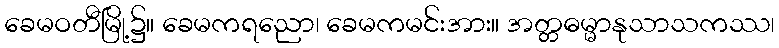
ခေမဝတီမြို့၌။ ခေမကရညော၊ ခေမကမင်းအား။ အတ္တဓမ္မာနုသာသကဿ၊